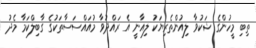
ތިބި މީހުންގެ ޝަކުވާ ލިއުންތެރިޔަކު ލިއާނީ އެ ރައްދުވާ މުއައްސަސާތަކުގެ ގާބިލްކަމާ މެދު